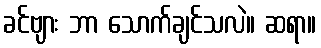
ခင်ဗျား ဘာ သောက်ချင်သလဲ။ ဆရာ။